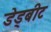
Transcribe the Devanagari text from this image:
डेड्बीट